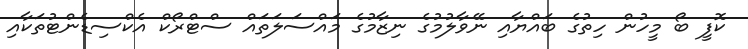
ކޮފީ ބޯ މީހުން ހިތުގެ ބައްޔާއި ނޭވާލުމުގެ ނިޒާމުގެ މައްސަލަތައް ސްޓްރޯކް އެކްސިޑެންޓުތަކާއި